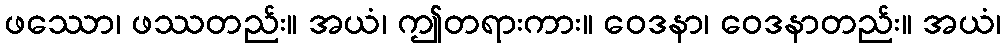
ဖဿော၊ ဖဿတည်း။ အယံ၊ ဤတရားကား။ ဝေဒနာ၊ ဝေဒနာတည်း။ အယံ၊